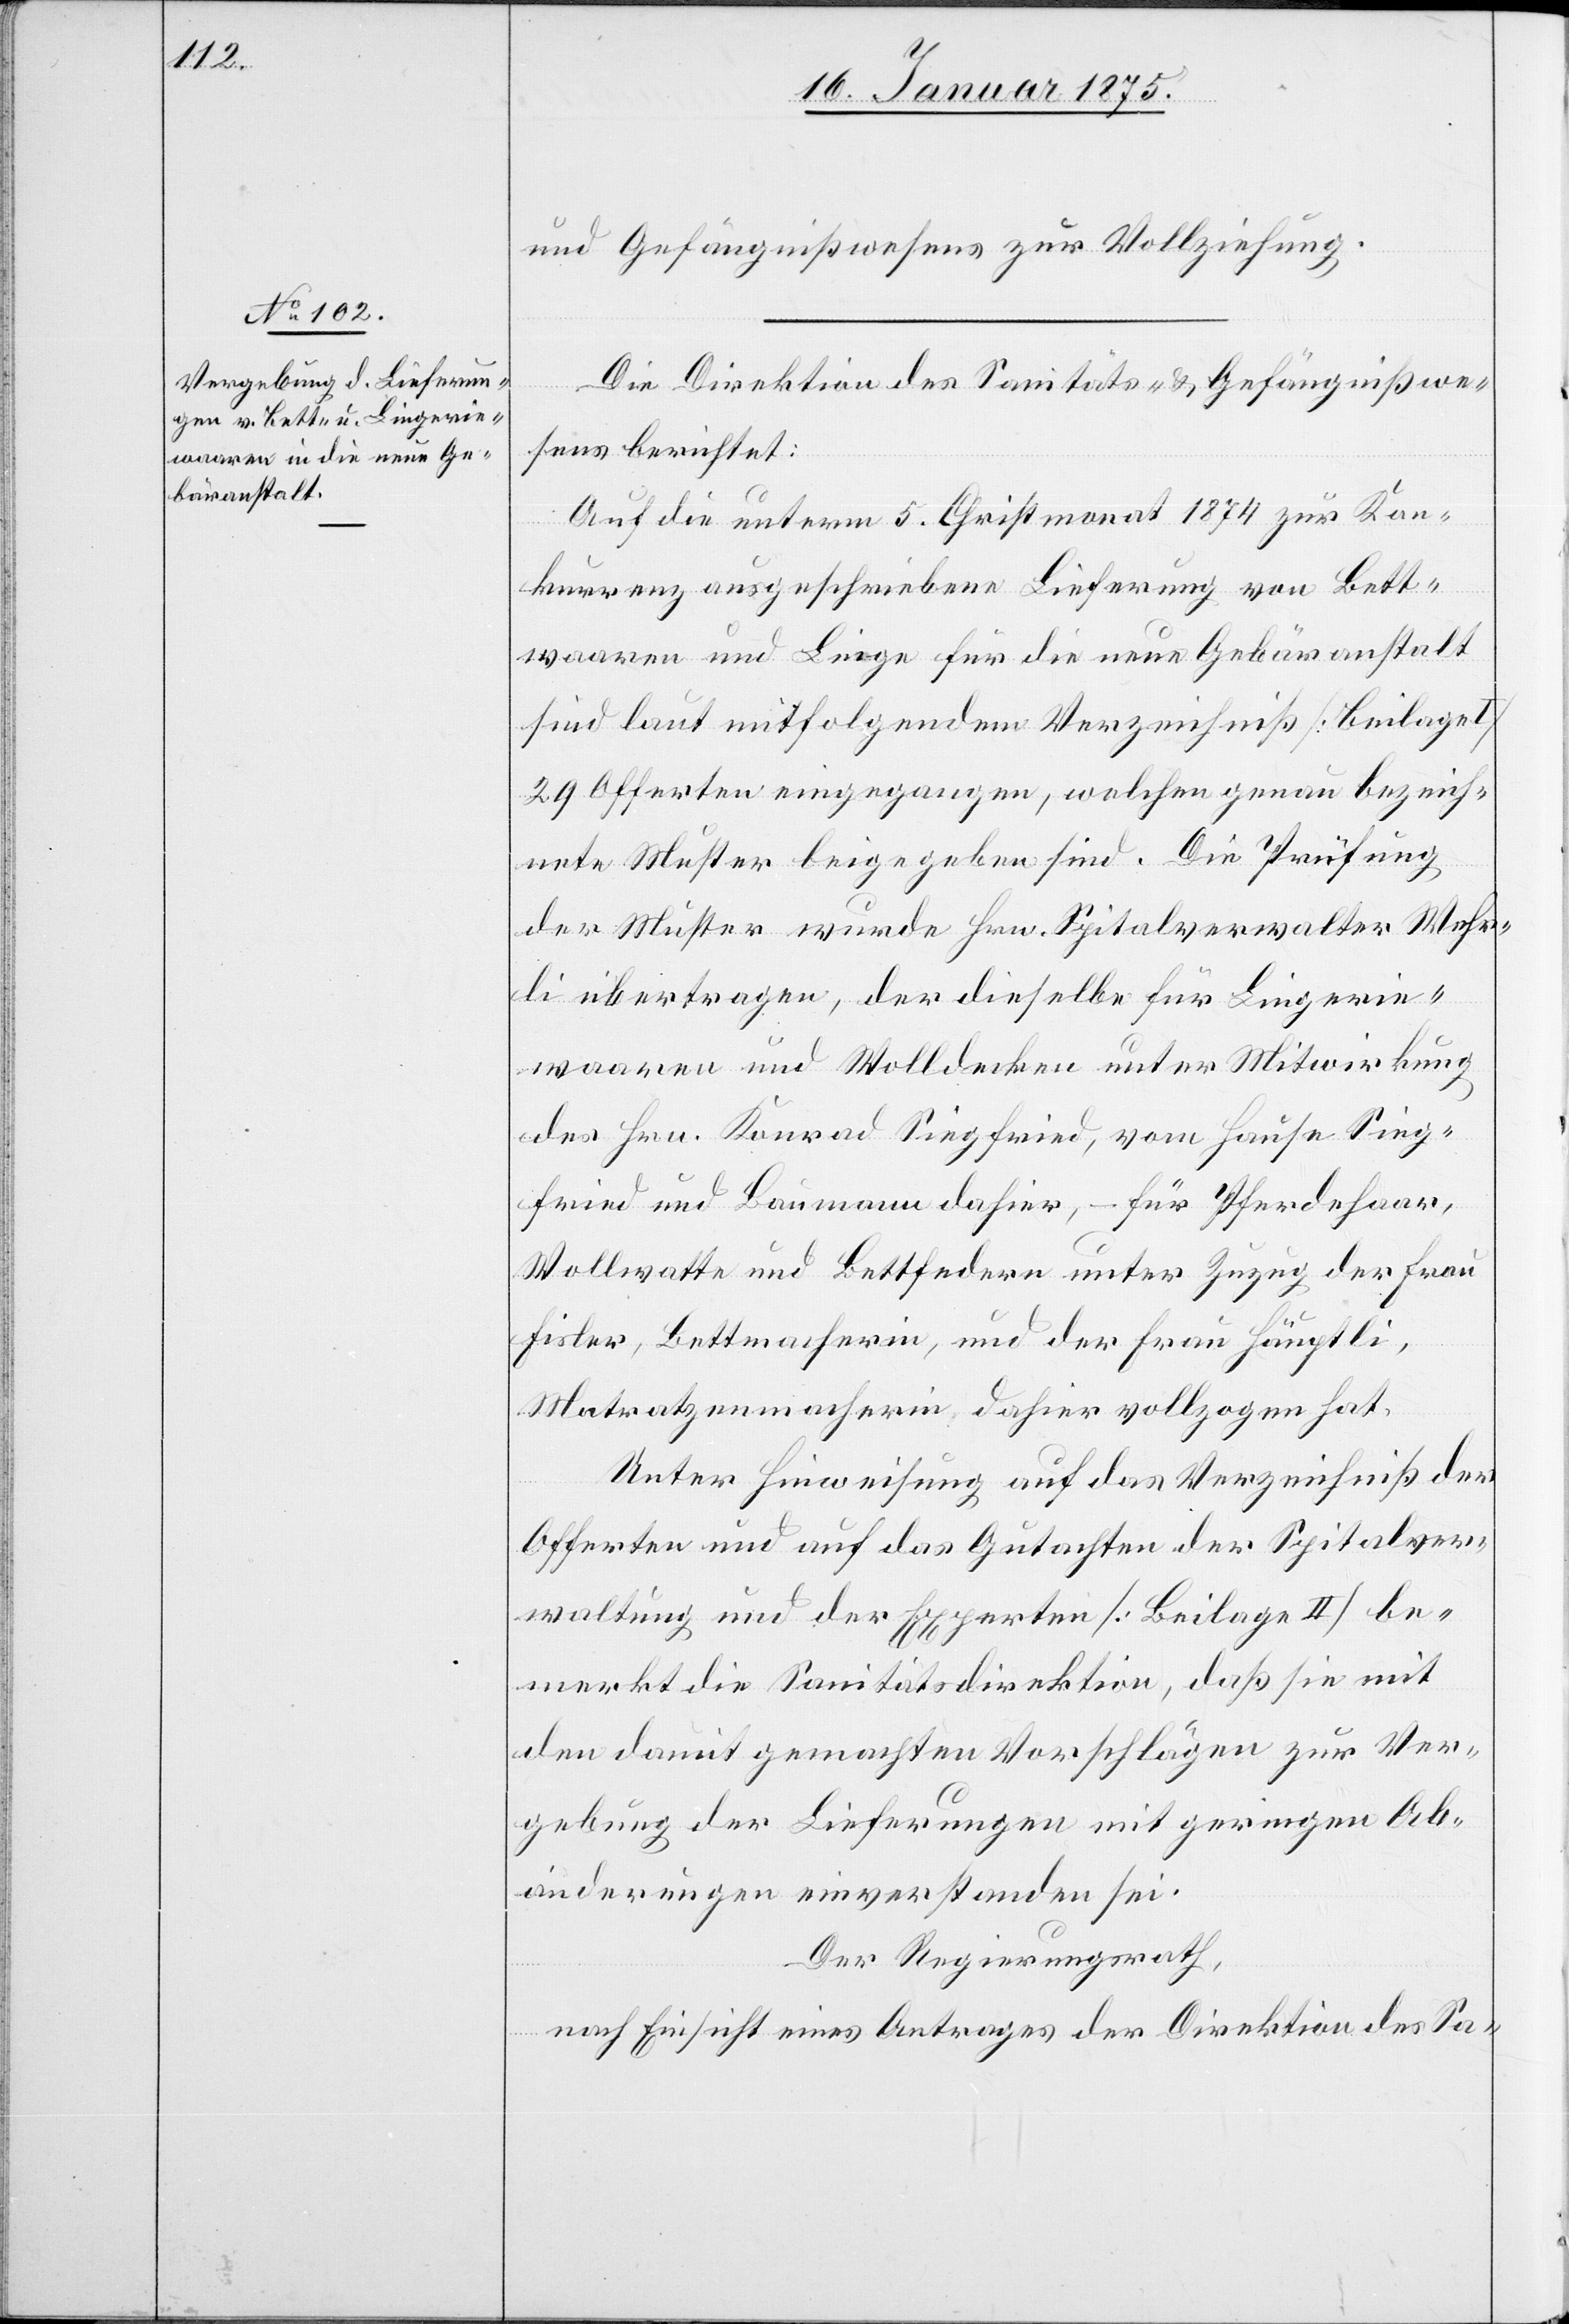
und Gefängnißwesens zur Vollziehung.
Die Direktion des Sanitäts- & Gefängnißwe¬
sens berichtet:
Auf die unterm 5. Christmonat 1874 zur Kon¬
kurrenz ausgeschriebene Lieferung von Bett¬
waaren und Linge für die neue Gebäranstalt
sind laut mitfolgendem Verzeichniß (Beilage
29 Offerten eingegangen, welchen genau bezeich¬
nete Muster beigegeben sind. Die Prüfung
der Muster wurde Hrn. Spitalverwalter Wehr¬
li übertragen, der dieselbe für Lingerie¬
waaren und Wolldecken unter Mitwirkung
des Hrn. Konrad Siegfried, vom Hause Sieg¬
fried und Baumann dahier, – für Pferdehaar,
Wollwatte und Bettfedern unter Zuzug der Frau
Fisler, Bettmacherin, und der Frau Häuptli,
Matratzenmacherin, dahier vollzogen hat.
Unter Hinweisung auf das Verzeichniß der
Offerten und auf das Gutachten der Spitalver¬
waltung und der Experten (Beilage II) be¬
merkt die Sanitätsdirektion, daß sie mit
den damit gemachten Vorschlägen zur Ver¬
gebung der Lieferungen mit geringen Ab¬
änderungen einverstanden sei.
Der Regierungsrath,
nach Einsicht eines Antrages der Direktion des Sa-